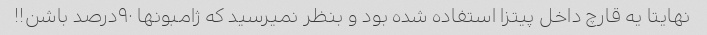
نهایتا یه قارچ داخل پیتزا استفاده شده بود و بنظر نمیرسید که ژامبونها ۹۰درصد باشن!!